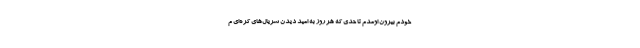
خودم بیرون اومدم تا حدی که هر روز به امید دیدن سریال‌های کره‌ای م